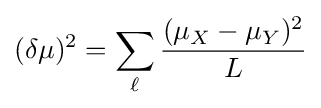
(\delta \mu )^{2}=\sum _{\ell }{\frac {(\mu _{X}-\mu _{Y})^{2}}{L}}